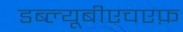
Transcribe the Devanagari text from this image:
डब्ल्यूबीएचएफ़